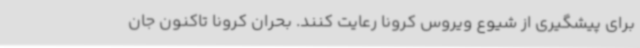
برای پیشگیری از شیوع ویروس کرونا رعایت کنند. بحران کرونا تاکنون جان